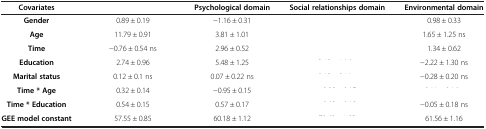
<table><thead><tr><td><b>Covariates</b></td><td>[EMPTY_CELL]</td><td><b>Psychological domain</b></td><td><b>Social relationships domain</b></td><td><b>Environmental domain</b></td></tr></thead><tbody><tr><td><b>Gender</b></td><td>0.89 ± 0.19</td><td>−1.16 ± 0.31</td><td>[EMPTY_CELL]</td><td>0.98 ± 0.33</td></tr><tr><td><b>Age</b></td><td>11.79 ± 0.91</td><td>3.81 ± 1.01</td><td>[EMPTY_CELL]</td><td>1.65 ± 1.25 ns</td></tr><tr><td><b>Time</b></td><td>−0.76 ± 0.54 ns</td><td>2.96 ± 0.52</td><td>[EMPTY_CELL]</td><td>1.34 ± 0.62</td></tr><tr><td><b>Education</b></td><td>2.74 ± 0.96</td><td>5.48 ± 1.25</td><td>[EMPTY_CELL]</td><td>−2.22 ± 1.30 ns</td></tr><tr><td><b>Marital status</b></td><td>0.12 ± 0.1 ns</td><td>0.07 ± 0.22 ns</td><td>[EMPTY_CELL]</td><td>−0.28 ± 0.20 ns</td></tr><tr><td><b>Time * Age</b></td><td>0.32 ± 0.14</td><td>−0.95 ± 0.15</td><td>[EMPTY_CELL]</td><td>[EMPTY_CELL]</td></tr><tr><td><b>Time * Education</b></td><td>0.54 ± 0.15</td><td>0.57 ± 0.17</td><td>[EMPTY_CELL]</td><td>−0.05 ± 0.18 ns</td></tr><tr><td><b>GEE model constant</b></td><td>57.55 ± 0.85</td><td>60.18 ± 1.12</td><td>[EMPTY_CELL]</td><td>61.56 ± 1.16</td></tr></tbody></table>